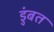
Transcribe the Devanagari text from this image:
डुंबत